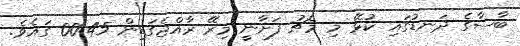
ބާސާގެ ދަނޑުގައި ކުޅޭ މި މެޗު ފަށާނީ މިރޭ ރާއްޖެގަޑިން 00:45 ގައެވެ.